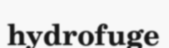
hydrofuge